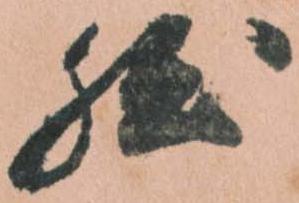
然